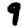
Digit: 9